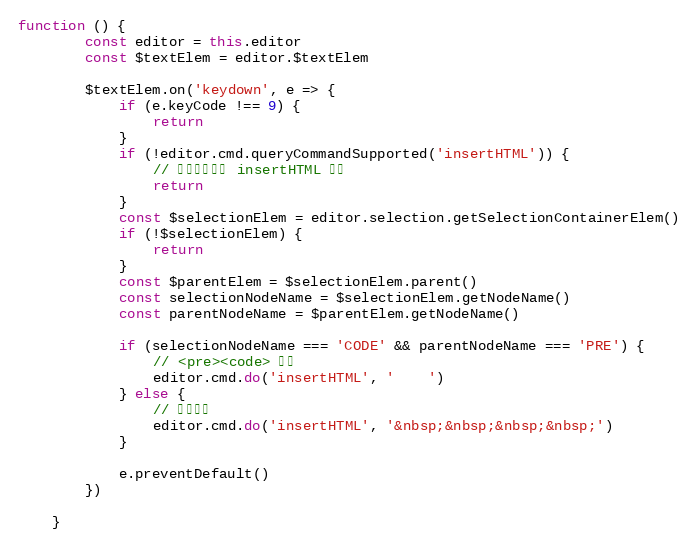
Language: JavaScript
function () {
        const editor = this.editor
        const $textElem = editor.$textElem

        $textElem.on('keydown', e => {
            if (e.keyCode !== 9) {
                return
            }
            if (!editor.cmd.queryCommandSupported('insertHTML')) {
                // 必须原生支持 insertHTML 命令
                return
            }
            const $selectionElem = editor.selection.getSelectionContainerElem()
            if (!$selectionElem) {
                return
            }
            const $parentElem = $selectionElem.parent()
            const selectionNodeName = $selectionElem.getNodeName()
            const parentNodeName = $parentElem.getNodeName()

            if (selectionNodeName === 'CODE' && parentNodeName === 'PRE') {
                // <pre><code> 里面
                editor.cmd.do('insertHTML', '    ')
            } else {
                // 普通文字
                editor.cmd.do('insertHTML', '&nbsp;&nbsp;&nbsp;&nbsp;')
            }

            e.preventDefault()
        })

    }